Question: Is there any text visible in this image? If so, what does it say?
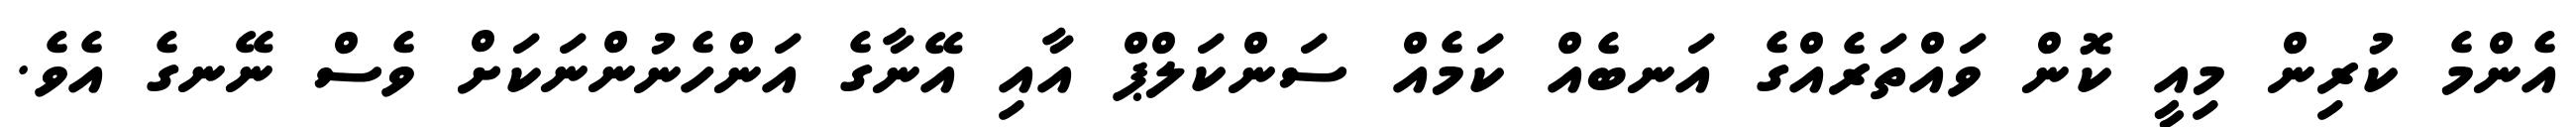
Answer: އެންމެ ކުރިން މިއީ ކޮން ވައްތަރެއްގެ އަނބެއް ކަމެއް ސަންކަލްޕް އާއި އޭނާގެ އަންހެނުންނަކަށް ވެސް ނޭނގެ އެވެ.